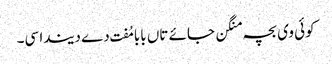
کوئی وی بچہ منگن جائے تاں بابا مُفت دے دیندا سی۔